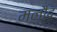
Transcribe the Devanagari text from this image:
मलौद